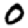
Digit: 0